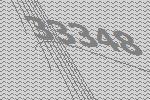
33348